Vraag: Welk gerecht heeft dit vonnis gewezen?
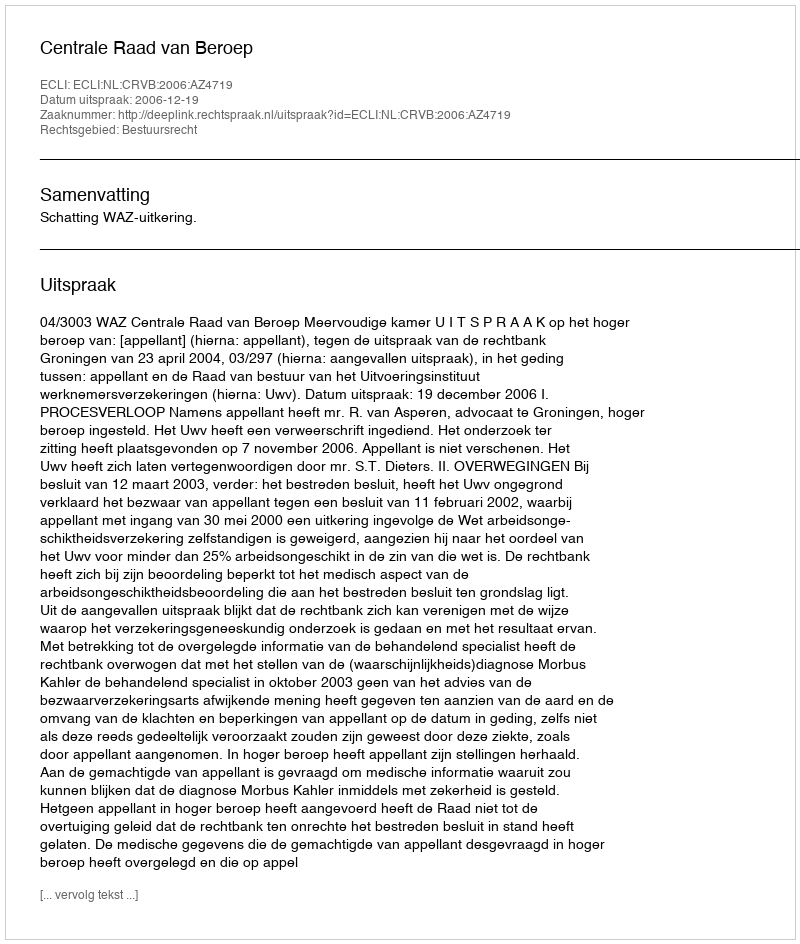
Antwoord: Centrale Raad van Beroep